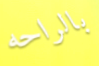
بالراحه